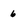
Character: 6